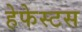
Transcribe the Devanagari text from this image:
हेफेस्टस